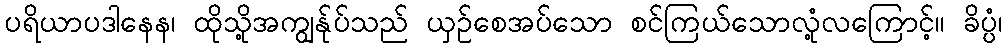
ပရိယာပဒါနေန၊ ထိုသို့အကျွန်ုပ်သည် ယှဉ်စေအပ်သော စင်ကြယ်သောလုံ့လကြောင့်။ ခိပ္ပံ၊